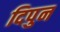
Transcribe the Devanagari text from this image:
दिपुन